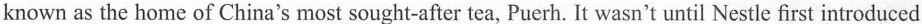
known as the home of China's most sought-after tea, Puerh. It wasn't until Nestle first introduced